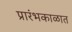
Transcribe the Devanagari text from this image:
प्रारंभकाळात